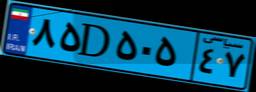
۶۸D۰۷۶۰۵